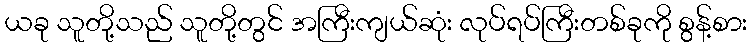
ယခု သူတို့သည် သူတို့တွင် အကြီးကျယ်ဆုံး လုပ်ရပ်ကြီးတစ်ခုကို စွန့်စား